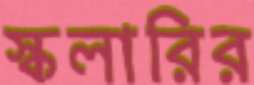
স্কলারির